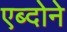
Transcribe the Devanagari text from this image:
एब्दोने